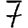
Digit: 7